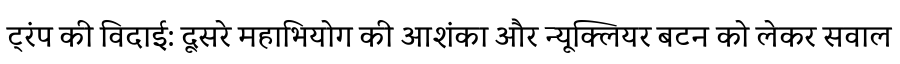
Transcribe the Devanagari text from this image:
ट्रंप की विदाई: दूसरे महाभियोग की आशंका और न्यूक्लियर बटन को लेकर सवाल